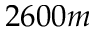
2 6 0 0 m